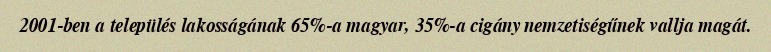
2001-ben a település lakosságának 65%-a magyar, 35%-a cigány nemzetiségűnek vallja magát.